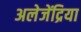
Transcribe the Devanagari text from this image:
अलेजेंद्रिया